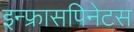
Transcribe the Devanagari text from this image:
इन्फ्रासपिनेटस